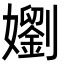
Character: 嬼